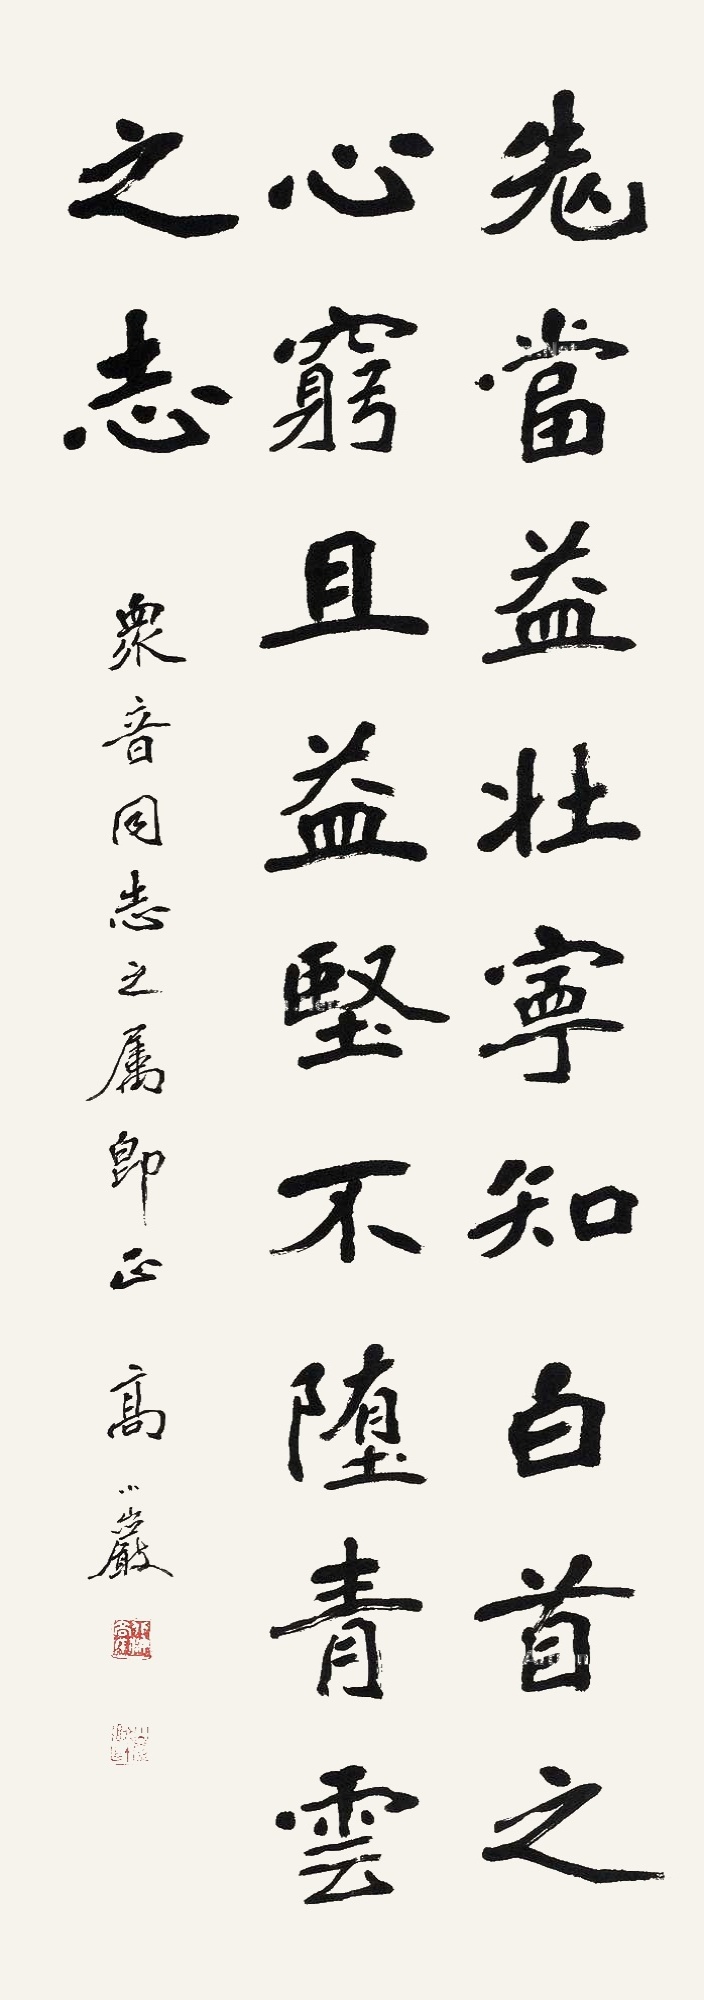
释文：老当益壮宁知白首之心，穷且益坚不堕青云之志。众音同志之属即正，高小岩。